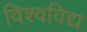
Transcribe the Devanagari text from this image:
विश्वविद्य